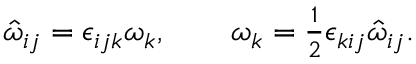
\begin{array} { r } { \hat { \omega } _ { i j } = \epsilon _ { i j k } \omega _ { k } , \qquad \omega _ { k } = \frac 1 2 \epsilon _ { k i j } \hat { \omega } _ { i j } . } \end{array}